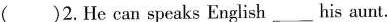
()2.He can speaks English___his aunt.